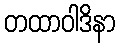
တထာဝါဒိနာ